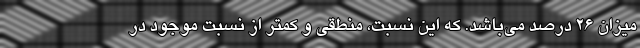
میزان ۲۶ درصد می‌باشد. که این نسبت، منطقی و کمتر از نسبت موجود در